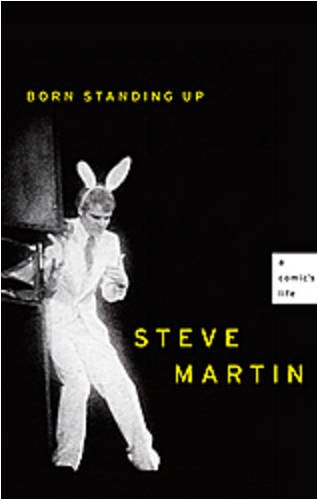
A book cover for Born Standing Up: A Comic's Life; Steve Martin; Biographies & Memoirs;